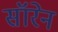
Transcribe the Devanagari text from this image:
सॉरेन